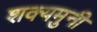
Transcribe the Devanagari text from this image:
शक्यमुनी